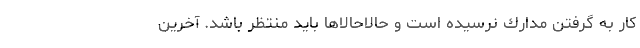
كار به گرفتن مدارك نرسيده است و حالا‌حالاها بايد منتظر باشد. آخرين